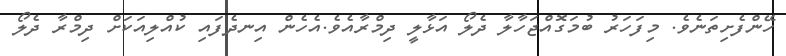
ހޭންފެށިތަނެވެ. މިފަހަރު ބުމަގޮއްޖަހާލާ ދެލޯ އަޅާލީ ދިމްރާއެވެ.އެހެން އިނދެފައި ކުއްލިއަކަށް ދިމްރާ ދެލޯ